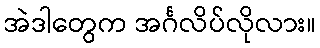
အဲဒါတွေက အင်္ဂလိပ်လိုလား။